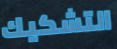
التشكيك